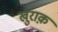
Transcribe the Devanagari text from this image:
खुराक़